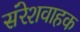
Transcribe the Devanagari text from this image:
संरेशवाहक